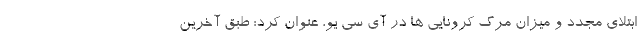
ابتلای مجدد و میزان مرگ کرونایی ها در آی سی یو، عنوان کرد: طبق آخرین